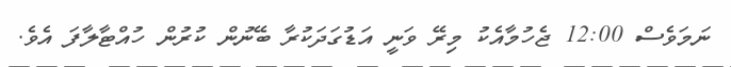
ނަމަވެސް 12:00 ޖެހުމާއެކު މިރޭ ވަނީ އަޑުގަދަކުރާ ބޭނުން ކުރުން ހުއްޓާލާފަ އެވެ.